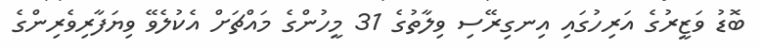
ބޮޑު ވަޒީރުގެ އަރިހުގައި އިނގިރޭސި ވިލާތުގެ 31 މީހުންގެ މައްޗަށް އެކުލެވޭ ވިޔަފާރިވެރިންގެ